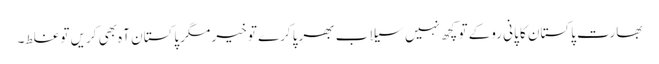
بھارت پاکستان کا پانی روکے تو کچھ نہیں سیلاب بھرپا کرے تو خیر مگر پاکستان آہ بھی کریں تو غلط۔